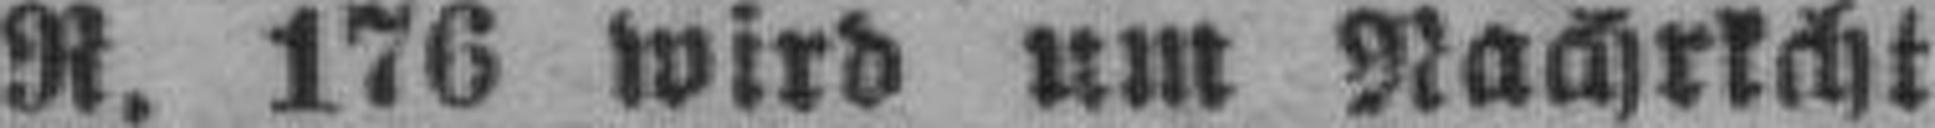
R. 176 wird um Nachricht